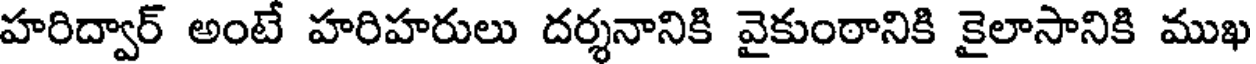
హరిద్వార్ అంటే హరిహరులు దర్శనానికి వైకుంఠానికి కైలాసానికి ముఖ